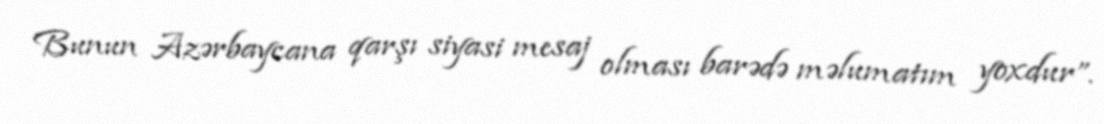
Bunun Azərbaycana qarşı siyasi mesaj olması barədə məlumatım yoxdur”.